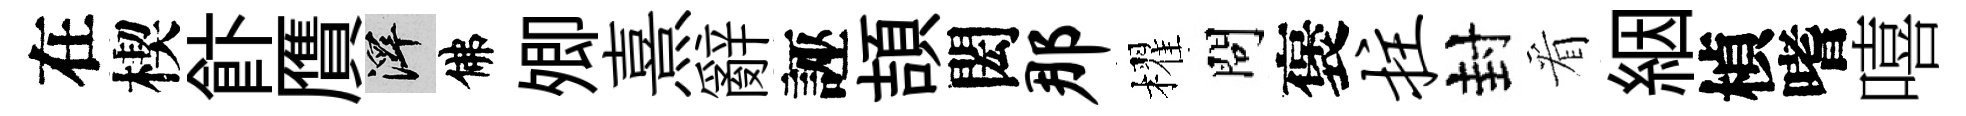
在楔飰贋澤佛𡖖熹辭誣頡閎那櫂問褒拄封看絪楨嗜嘻